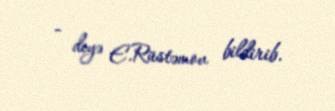
- deyə E.Rüstəmov bildirib.